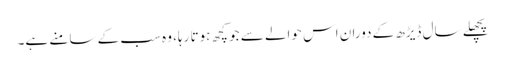
پچھلے سال ڈیڑھ کے دوران اس حوالے سے جو کچھ ہوتا رہا، وہ سب کے سامنے ہے۔